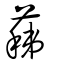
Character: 蕛